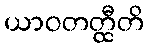
ယာဝတတ္ထီတိ